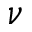
\nu